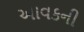
આવકની